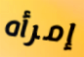
إمرأه